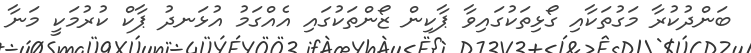
ބަންދުކުރާ މަގުތަކާއި ގޯޅިތަކުގައިވާ ޕާކިން ޒޯންތަކުގައި އެއްގަމު އުޅަނދު ޕާކް ކުރުމަކީ މަނާ